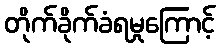
တိုက်ခိုက်ခံရမှုကြောင့်